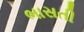
ભાસતી